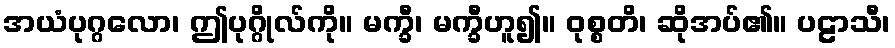
အယံပုဂ္ဂလော၊ ဤပုဂ္ဂိုလ်ကို။ မက္ခီ၊ မက္ခီဟူ၍။ ဝုစ္စတိ၊ ဆိုအပ်၏။ ပဠာသီ၊